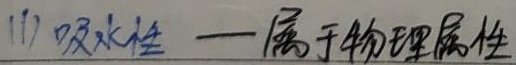
(1) 吸水性 —— 属于物理属性